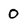
Character: 0